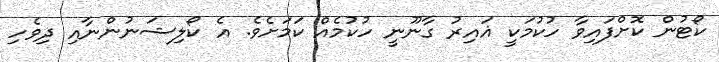
ކޯޓުން ކޮށްފައިވާ ހުކުމަކީ ޣައިރު ގާނޫނީ ހުކުމެއް ކަަމަށެވެ. އެ ކޯލިޝަނުންނާއި ދިވެހި